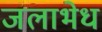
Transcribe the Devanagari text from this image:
जलाभेध